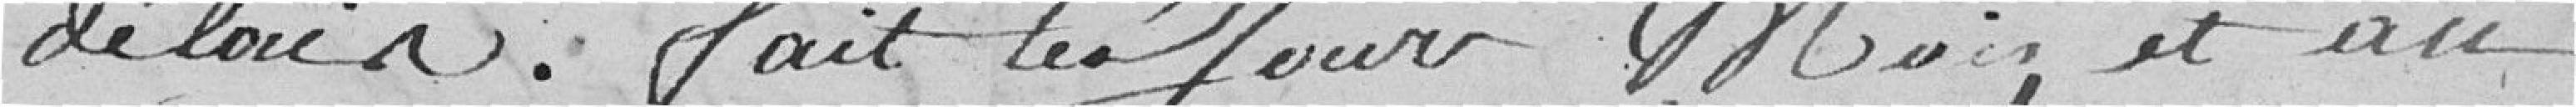
délai. Fait les jour, mois, et an